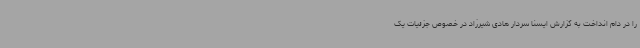
را در دام انداخت به گزارش ایسنا سردار هادی شیرزاد در خصوص جزئیات یک